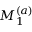
M _ { 1 } ^ { ( a ) }